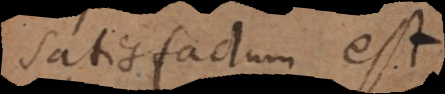
satisfactum est.